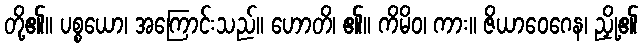
တို့၏။ ပစ္စယော၊ အကြောင်းသည်။ ဟောတိ၊ ၏။ ကိမိဝ၊ ကား။ ဇိယာဝေဂေန၊ ညှို့၏